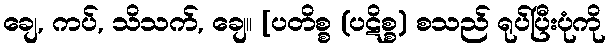
ချေ, ကပ်, သိသက်, ချေ။ [ပတိစ္စ (ပဋိစ္စ) စသည် ရုပ်ပြီးပုံကို